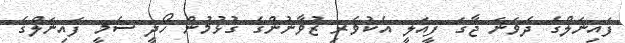
ފައިނަލްގެ ދެވަނަ ޖާގަ ފީއަލީ އެކުވެރި ޒުވާނުންގެ ގުޅުމުން ހޯދީ ސެމީ ފައިނަލްގެ